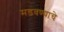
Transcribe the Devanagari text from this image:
मडवण्याचे